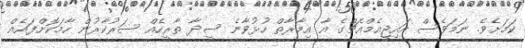
ކަމަށެވެ. ނަމަވެސް އައިޖީއެމްއެޗްގެ އާ އިމާރާތް ހުޅުވާނެ ސީދާ ތާރީހެއް ސަރުކާރުން ހާމަކޮށްފައެއް